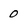
Character: 0